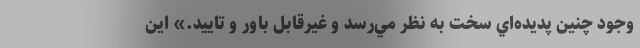
وجود چنين پديده‌اي سخت به نظر مي‌رسد و غيرقابل باور و تاييد.» اين